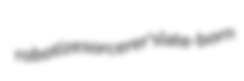
robotize sorcerer's late-born